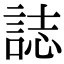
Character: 誌